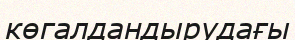
көгалдандырудағы